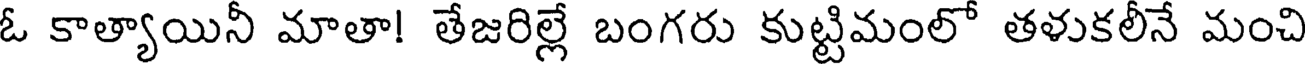
ఓ కాత్యాయినీ మాతా! తేజరిల్లే బంగరు కుట్టిమంలో తళుకలీనే మంచి